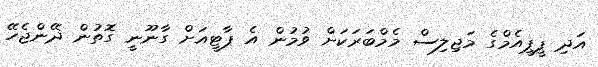
އަދި ޕީޕީއެމްގެ މަޖިލިސް މެމްބަރަކަށް ވުމުން އެ ޕާޓީއަށް ގާނޫނީ ގޮތުން ދޭންޖެހޭ